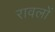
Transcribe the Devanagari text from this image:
रावलों